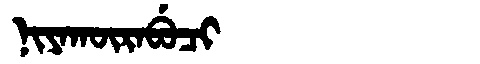
Manchu: ᠨᡳᠶᠠᡴᡡᡵᠠᠪᡠᠴᡳ
Romanization: NIYAKŪRABUCI